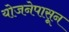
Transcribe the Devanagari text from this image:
योजनेपासून